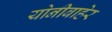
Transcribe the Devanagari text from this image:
योनीबाहेर